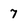
Character: 7